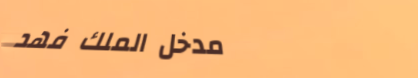
مدخل الملك فهد